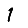
Digit: 1